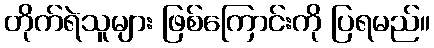
တိုက်ရဲသူများ ဖြစ်ကြောင်းကို ပြရမည်။